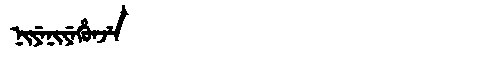
Manchu: ᠨᡳᠶᡝᠨᡳᠶᡝᡥᡠᠨᠵᡝ
Romanization: NIYENIYEHUNJE